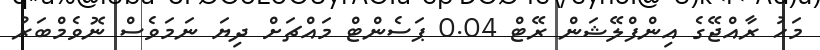
މަހު ރާއްޖޭގެ އިންފްލޭޝަން ރޭޓް 0.04 ޕަސެންޓް މައްޗަށް ދިޔަ ނަމަވެސް ނޮވެމްބަރު